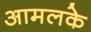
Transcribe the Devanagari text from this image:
आमलके